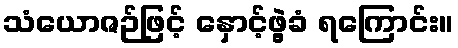
သံယောဇဉ်ဖြင့် နှောင့်ဖွဲ့ခံ ရကြောင်း။